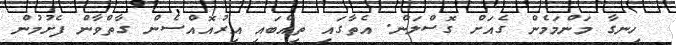
ހިނގާ މަންމަމެން ގެއަށް ގޮސްލަން. އެތާގައި ތިއްބައި އިރުއޮއްސެން ގާތްވާން ފެށުމުން